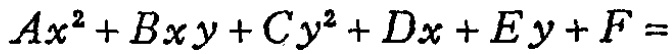
$Ax^{2}+Bxy + Cy^{2}+Dx + Ey+F=$